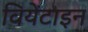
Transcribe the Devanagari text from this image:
वियेंटाइन